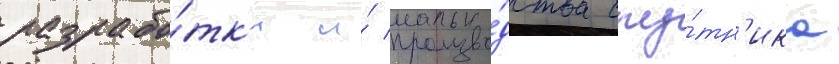
разрабо́тк'и и́ произво́дства спу́тн'ика